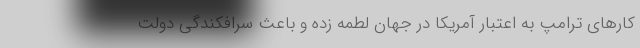
کارهای ترامپ به اعتبار آمریکا در جهان لطمه زده و باعث سرافکندگی دولت